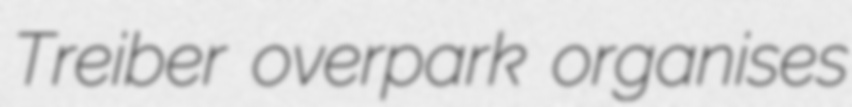
Treiber overpark organises